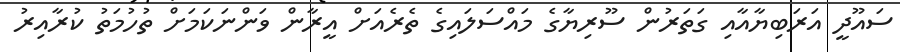
ސައޫދީ އަރަބިޔާއާއި ގަތަރުން ސޫރިޔާގެ މައްސަލައިގެ ތެރެއަށް އީރާން ވަންނަކަމަށް ތުހުމަތު ކުރާއިރު